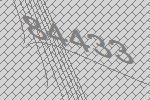
84433